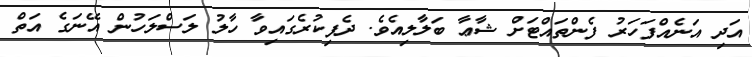
އަދި އަނެއްފަހަރު ފެންތައްޓަށް ޝާޢާ ބަލާލިއެވެ. ދެފިކުރެގައިވާ ހާލު ލަސްލަހުން އޭނަގެ އަތް